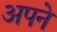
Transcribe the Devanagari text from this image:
अपने